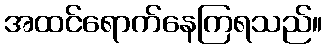
အထင်ရောက်နေကြရသည်။